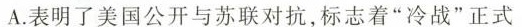
A.表明了美国公开与苏联对抗，标志着”冷战”正式